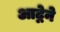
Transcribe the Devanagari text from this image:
आद्नेने